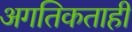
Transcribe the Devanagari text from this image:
अगतिकताही